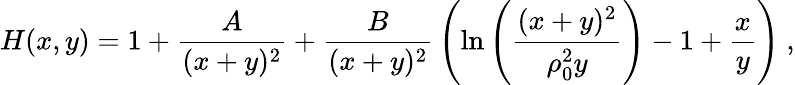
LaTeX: H(x,y)=1+{\frac{A}{(x+y)^{2}}}+{\frac{B}{(x+y)^{2}}}\left(\mathrm{ln}\left({\frac{(x+y)^{2}}{\rho_{0}^{2}y}}\right)-1+{\frac{x}{y}}\right)~,